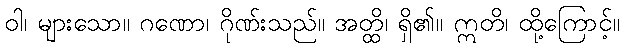
ဝါ၊ များသော။ ဂဏော၊ ဂိုဏ်းသည်။ အတ္ထိ၊ ရှိ၏။ ဣတိ၊ ထို့ကြောင့်။